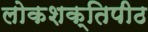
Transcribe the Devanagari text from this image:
लोकशक्तिपीठ